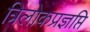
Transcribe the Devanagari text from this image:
त्रिलोकप्रज्ञप्ति